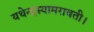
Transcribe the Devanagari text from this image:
यथेन्‍द्रस्‍यामरावती।